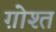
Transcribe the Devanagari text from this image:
ग़ोश्त